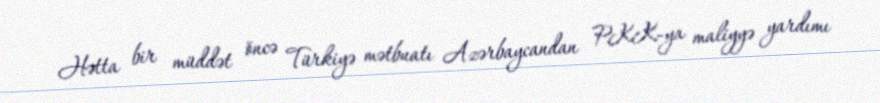
Hətta bir müddət öncə Türkiyə mətbuatı Azərbaycandan PKK-ya maliyyə yardımı